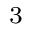
^ { 3 }